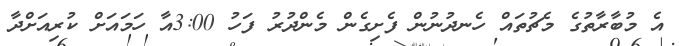
އެ މުބާރާތުގެ މެޗުތައް ހެނދުނުން ފެށިގެން މެންދުރު ފަހު 3:00އާ ހަމައަށް ކުރިއަށްދާ